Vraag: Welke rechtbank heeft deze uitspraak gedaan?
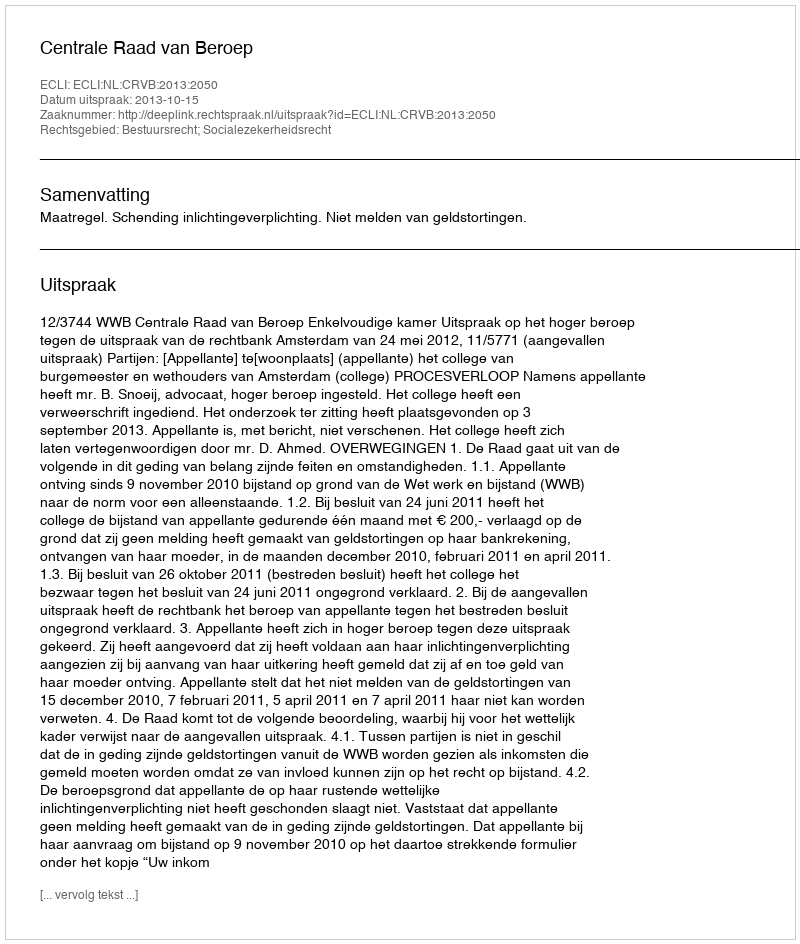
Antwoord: Centrale Raad van Beroep